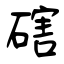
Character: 磍